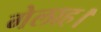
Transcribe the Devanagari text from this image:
गेलाह।